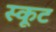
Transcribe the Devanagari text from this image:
स्कूट